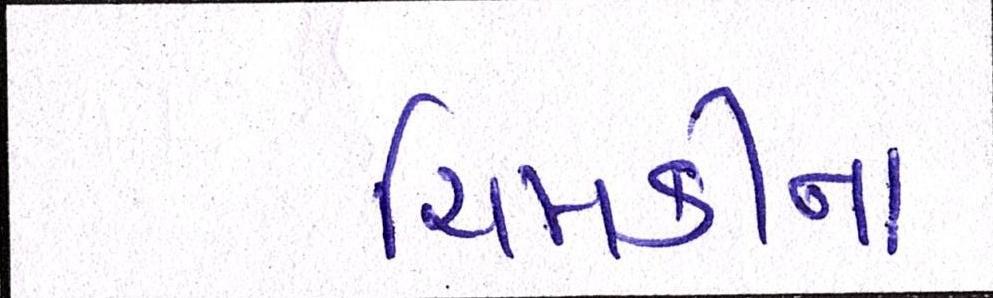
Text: ચિમકીના